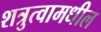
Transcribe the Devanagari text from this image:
शत्रुत्वामधील